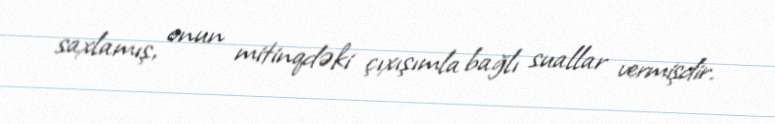
saxlamış, onun mitinqdəki çıxışımla bağlı suallar vermişdir.